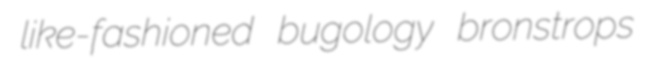
like-fashioned bugology bronstrops